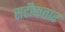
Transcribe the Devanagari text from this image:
सटीकतार